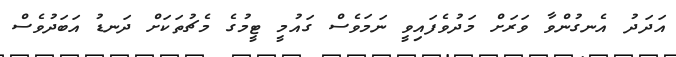
އަދަދު އެނގުންވާ ވަރަށް މަދުވެފައިވީ ނަމަވެސް ގައުމީ ޓީމުގެ މެޗުތަކަށް ދަނޑު އަބަދުވެސް